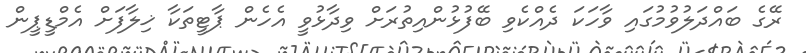
ރޭގެ ބައްދަލުވުމުގައި ވާހަކަ ދެއްކެވި ބޭފުޅުންއިތުރަށް ވިދާޅުވީ އެހެން ޕާޓީތަކާ ޚިލާފަށް އެމްޑީޕީން